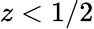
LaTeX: z<1/2